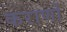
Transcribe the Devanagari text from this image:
कराणों